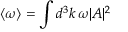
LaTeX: \langle \omega \rangle = \int d ^ { 3 } k \, \omega | A | ^ { 2 }